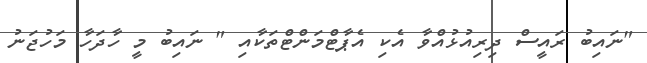
"ނައިބު ރައީސް ދިރިއުޅުއްވާ އެކި އެޕާޓްމަންޓްތަކާއި " ނައިބު މީ ހާދަހާ މަހުޖަނު